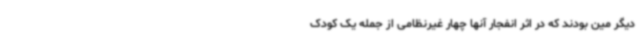
دیگر مین بودند که در اثر انفجار آنها چهار غیرنظامی از جمله یک کودک